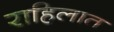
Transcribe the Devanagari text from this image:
राहिलात